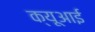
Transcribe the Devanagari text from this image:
क्यूआई